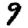
Digit: 9